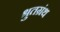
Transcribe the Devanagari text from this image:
श्रुतग्रंथ